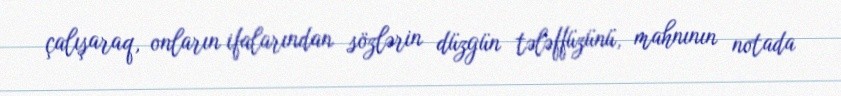
çalışaraq, onların ifalarından sözlərin düzgün tələffüzünü, mahnının notada